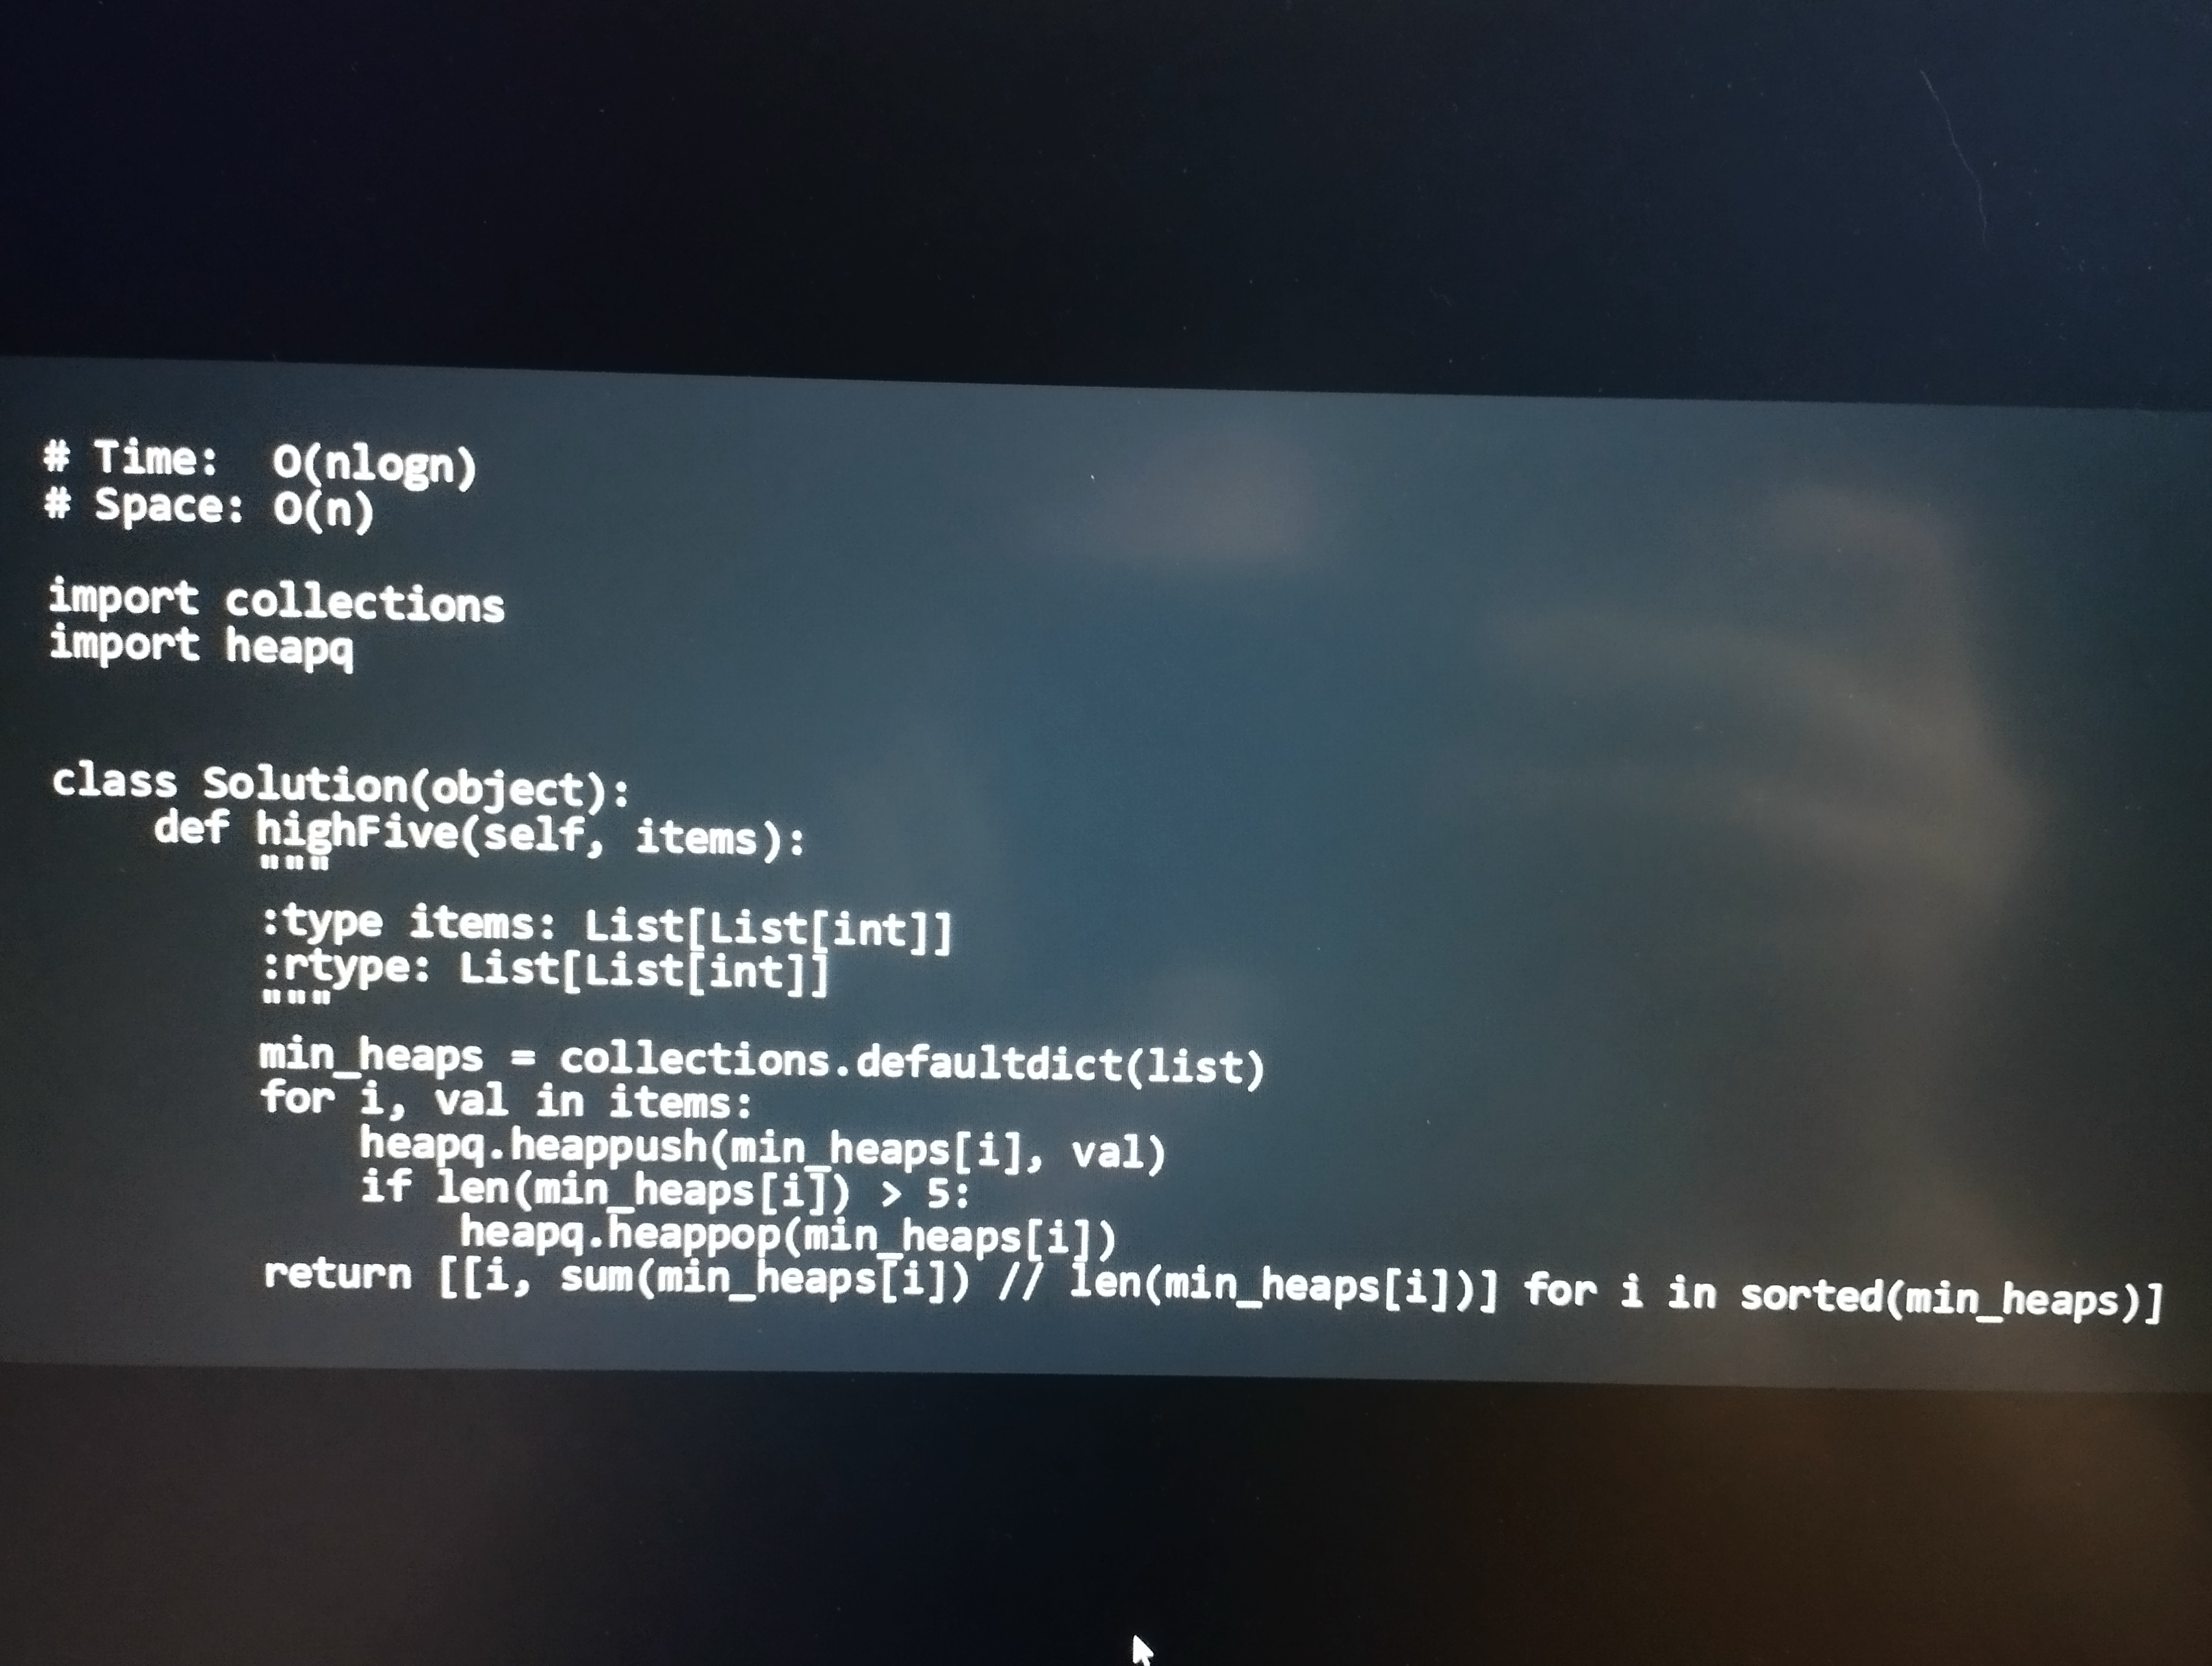
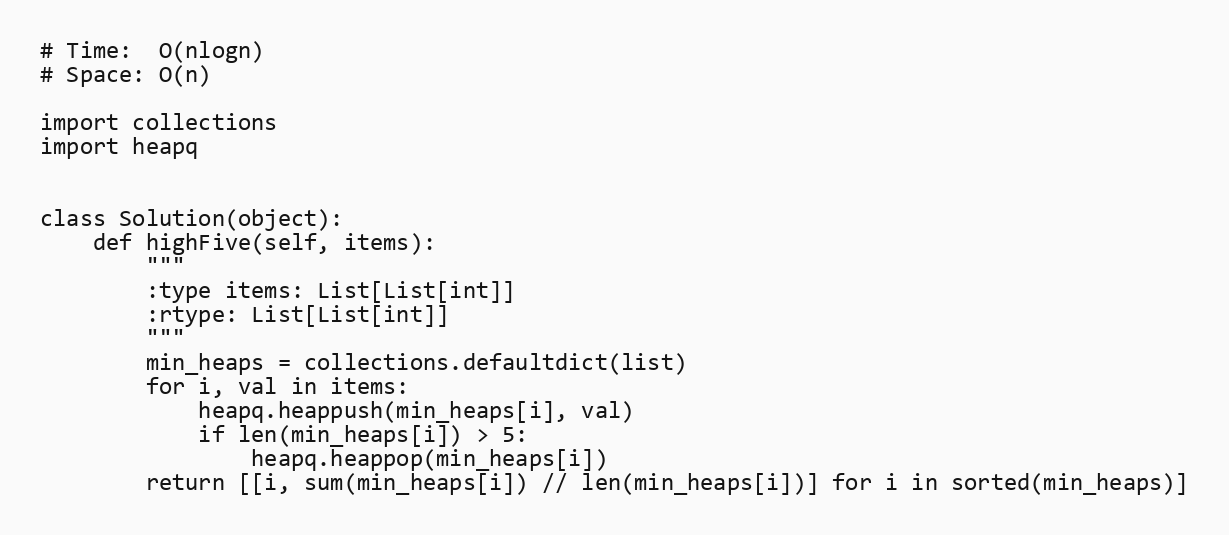
# Time:  O(nlogn)
# Space: O(n)

import collections
import heapq

class Solution(object):
    def highFive(self, items):
        """
        :type items: List[List[int]]
        :rtype: List[List[int]]
        """
        min_heaps = collections.defaultdict(list)
        for i, val in items:
            heapq.heappush(min_heaps[i], val)
            if len(min_heaps[i]) > 5:
                heapq.heappop(min_heaps[i])
        return [[i, sum(min_heaps[i]) // len(min_heaps[i])] for i in sorted(min_heaps)]